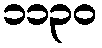
၁၁၃၀